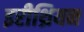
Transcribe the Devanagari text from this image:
इरीथ्रियन